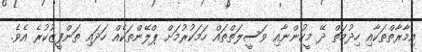
އިމާރާތްތަކާއި ހިދުމަތް ދޭ މީހުންނާއި ވަސީލަތްތައް ހަމަކުރުމަށް ޕްލޭންތަކެއް ހަދައި ތަންފީޒުކުރެ އެވެ.